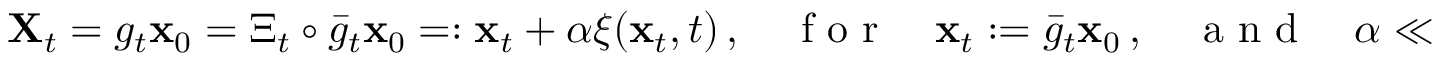
\begin{array} { r } { \mathbf { X } _ { t } = g _ { t } { \mathbf { x } } _ { 0 } = \Xi _ { t } \circ \bar { g } _ { t } { \mathbf { x } } _ { 0 } = : { \mathbf { x } } _ { t } + \alpha \boldsymbol { \xi } ( { \mathbf { x } } _ { t } , t ) \, , \quad \mathrm { ~ f ~ o ~ r ~ } \quad \mathbf { x } _ { t } : = \bar { g } _ { t } { \mathbf { x } } _ { 0 } \, , \quad \mathrm { ~ a ~ n ~ d ~ } \quad \alpha \ll 1 \, , } \end{array}